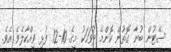
ސޭޓުން ބުނާ ގޮތުން ކޮންމެ ދުވަހަކު މީގެ 10-12 ފުޅި ވިއްކާލެވެ އެވެ.